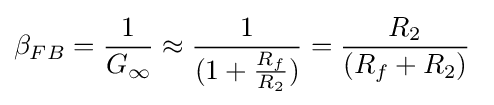
\beta _{FB}={\frac {1}{G_{\infty }}}\approx {\frac {1}{(1+{\frac {R_{f}}{R_{2}}})}}={\frac {R_{2}}{(R_{f}+R_{2})}}\